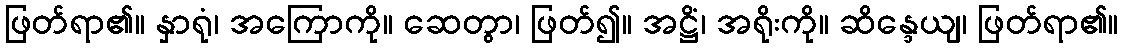
ဖြတ်ရာ၏။ နှာရုံ၊ အကြောကို။ ဆေတွာ၊ ဖြတ်၍။ အဋ္ဌိံ၊ အရိုးကို။ ဆိန္ဒေယျ၊ ဖြတ်ရာ၏။